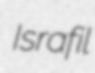
Israfil